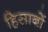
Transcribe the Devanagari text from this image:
हिसाबों